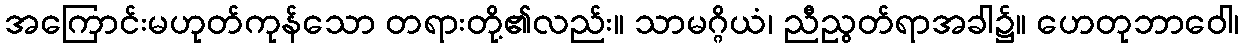
အကြောင်းမဟုတ်ကုန်သော တရားတို့၏လည်း။ သာမဂ္ဂိယံ၊ ညီညွတ်ရာအခါ၌။ ဟေတုဘာဝေါ၊